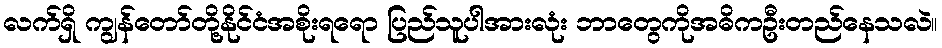
လက်ရှိ ကျွန်တော်တို့နိုင်ငံအစိုးရရော ပြည်သူပါအားလုံး ဘာတွေကိုအဓိကဦးတည်နေသလဲ။